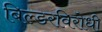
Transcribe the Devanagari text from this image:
बिल्डरविरोधी